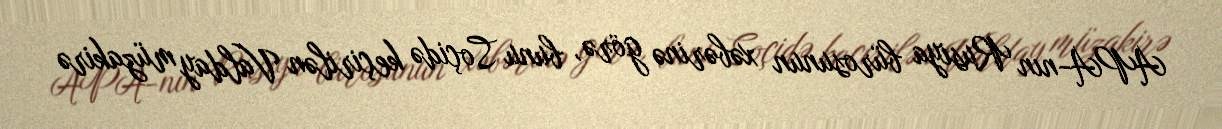
APA-nın Rusiya bürosunun xəbərinə görə, bunu Soçidə keçirilən Valday müzakirə